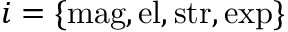
i = \{ \mathrm { m a g } , \mathrm { e l } , \mathrm { s t r } , \mathrm { e x p } \}